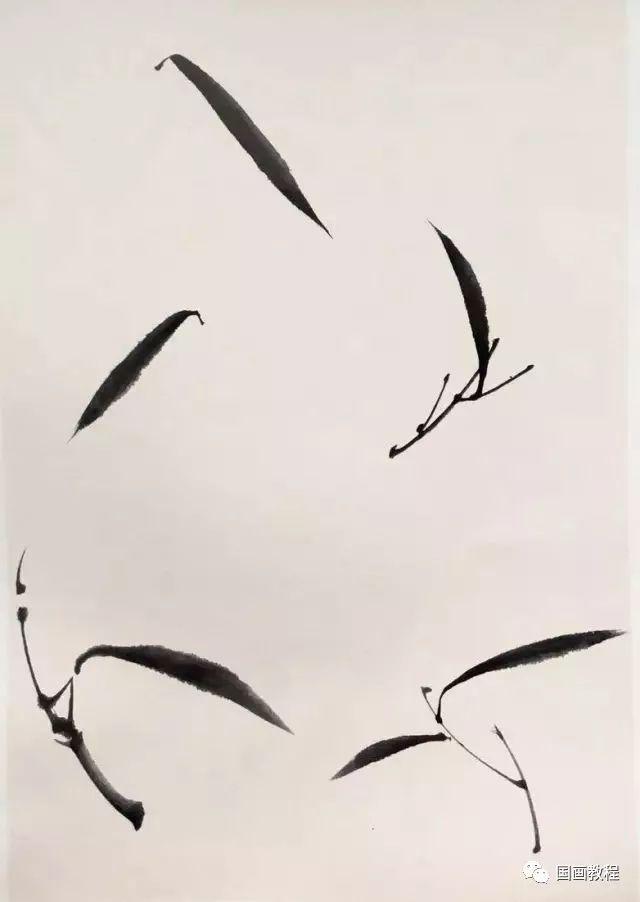
目断秋霄落雁，醉来时响空弦。